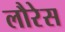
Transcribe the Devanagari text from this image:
लौरेस